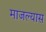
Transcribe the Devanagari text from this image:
माजल्यास